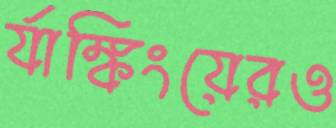
র‍্যাঙ্কিংয়েরও